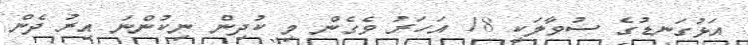
އަޅުގަނޑުގެ ސުވާލަކީ 18 އަހަރު ވެގެން މި ކުދިން ނިކުންނަ އިރު ދެން